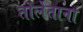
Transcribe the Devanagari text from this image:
तोलेताना